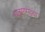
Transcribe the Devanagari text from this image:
धातुसारख्या